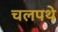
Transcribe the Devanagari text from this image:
चलपथे